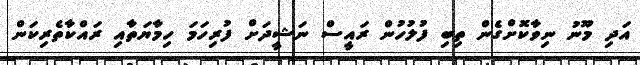
އަދި މޫނު ނިވާކޮށްގެން ތިބި ފުލުހުން ރައީސް ނަޝީދަށް ފުރިހަމަ ހިމާޔަތާއި ރައްކާތެރިކަން